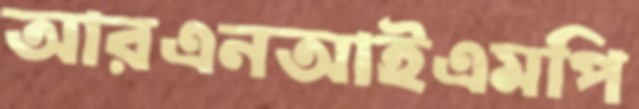
আরএনআইএমপি